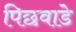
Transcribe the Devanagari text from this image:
पिछवाडे